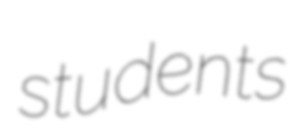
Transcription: students